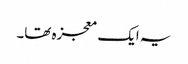
یہ ایک معجزہ تھا۔